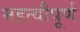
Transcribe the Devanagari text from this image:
महत्वौपूर्ण